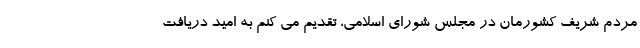
مردم شریف کشورمان در مجلس شورای اسلامی، تقدیم می کنم به امید دریافت